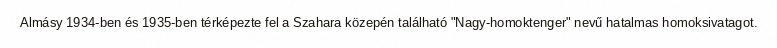
Almásy 1934-ben és 1935-ben térképezte fel a Szahara közepén található "Nagy-homoktenger" nevű hatalmas homoksivatagot.